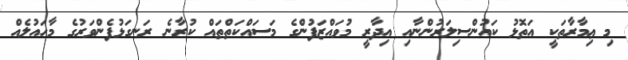
މި ޢިމާރާތަކީ އަތޮޅު ކައުންސިލަރުންނާއި އިދާރީ މުވައްޒަފުންގެ މަސައްކަތްތައް ކުރާނެ ރަނގަޅުފެންވަރުގެ މާހައުލެއް